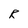
Character: R